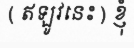
( ឥឡូវនេះ ) ខ្ញុំ